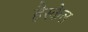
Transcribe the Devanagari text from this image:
हैस्केल